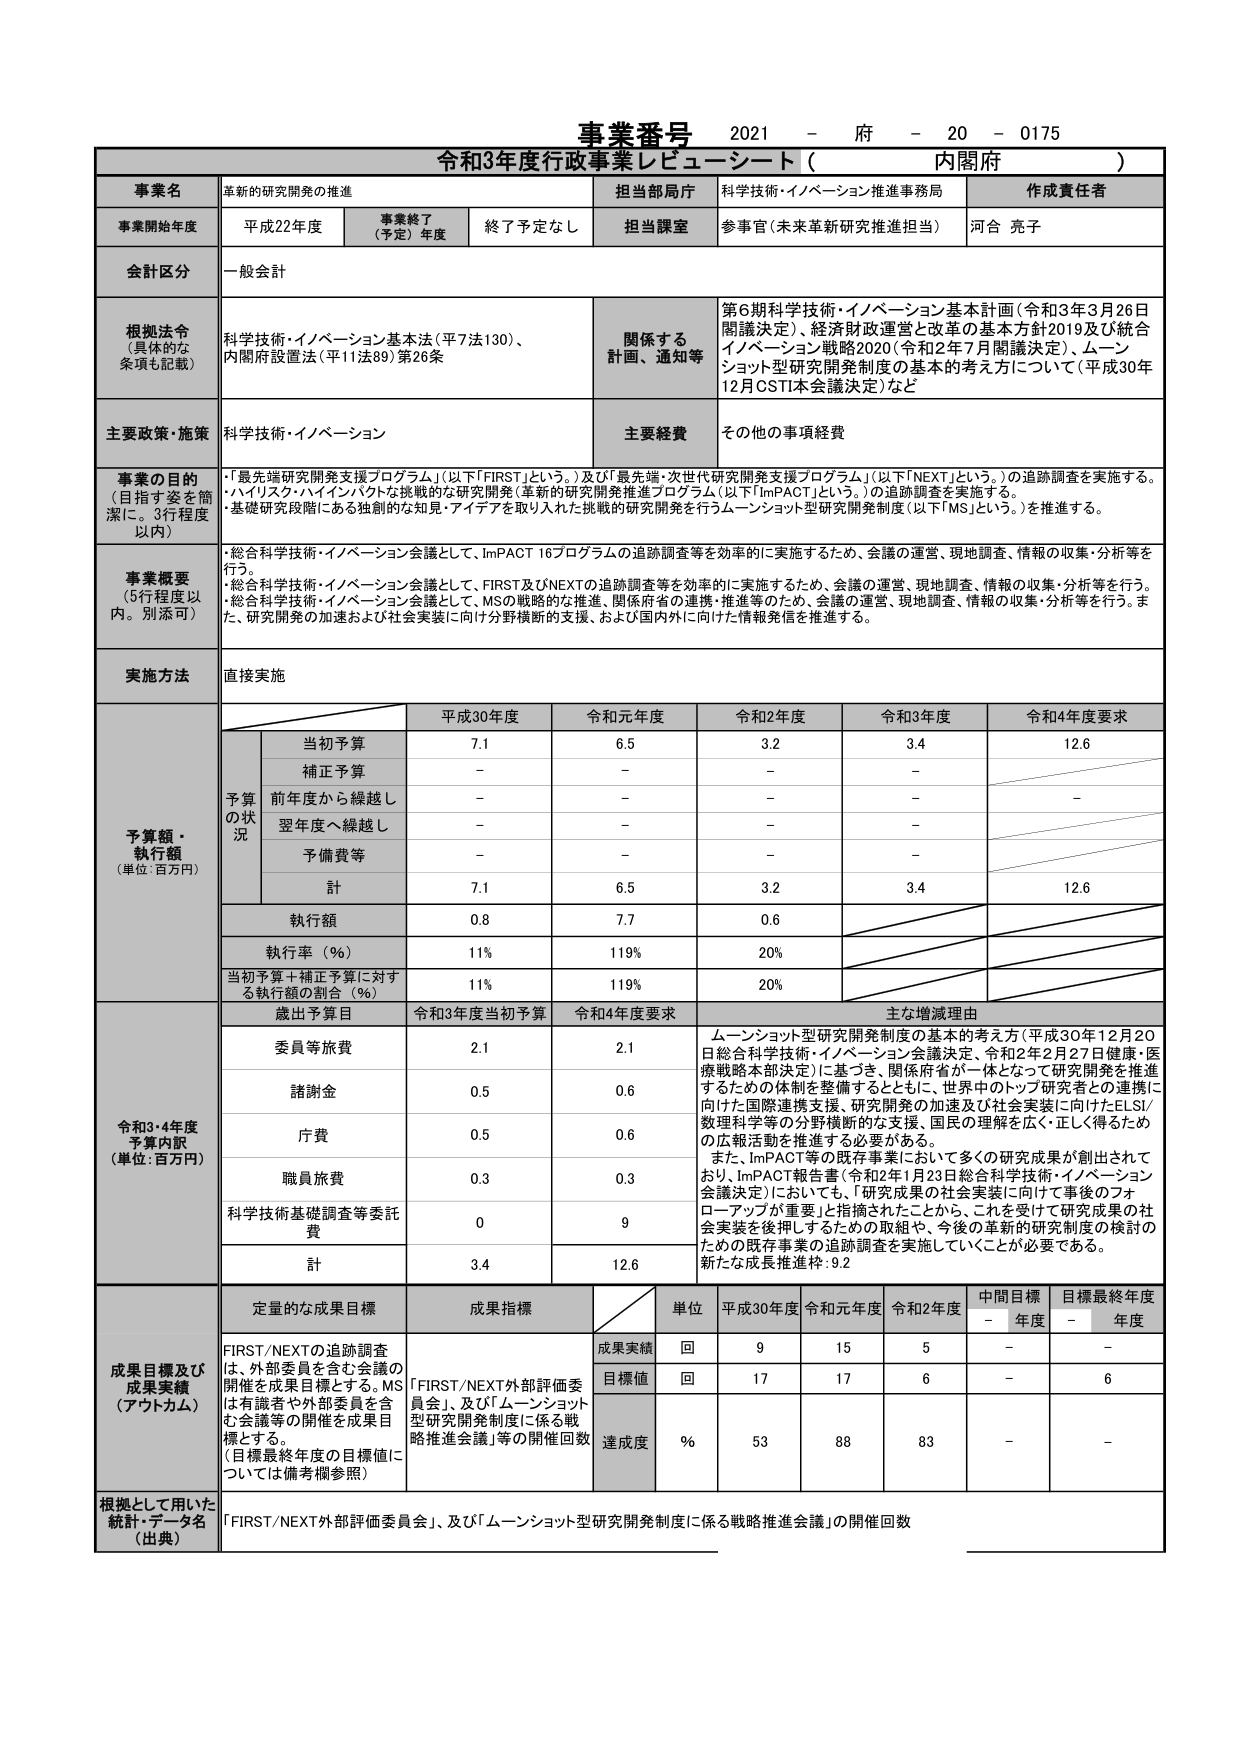
事業番号 2021 - 府 - 20 - 0175
令和3年度行政事業レビュー・シート（ 内閣府 ）

事業名 革新的研究開発の推進
担当部局庁 科学技術・イノベーション推進事務局
作成責任者 河合 亮子

事業開始年度 平成22年度
事業終了（予定）年度 終了予定なし
担当課室 参事官（未来革新研究推進担当）

会計区分 一般会計

根拠法令（具体的な条項も記載）
科学技術・イノベーション基本法（平7法130）、
内閣府設置法（平11法89）第26条

関係する計画、通知等
第6期科学技術・イノベーション基本計画（令和3年3月26日閣議決定）、経済財政運営と改革の基本方針2019及び統合イノベーション戦略2020（令和2年7月閣議決定）、ムーンショット型研究開発制度の基本的考え方について（平成30年12月GSTI本会議決定）など

主要政策・施策 科学技術・イノベーション
主要経費 その他の事項経費

事業の目的（目指す姿を簡潔に。3行程度以内）
・「最先端研究開発支援プログラム」（以下「FIRST」という。）及び「最先端・次世代研究開発支援プログラム」（以下「NEXT」という。）の追跡調査を実施する。
・バイオテク・ハイパバットな挑戦的な研究開発（革新的研究開発推進プログラム（以下「ImPACT」という。））の追跡調査を実施する。
・基礎研究段階にある独創的な知見・アイデアを取り入れた挑戦的研究開発を行うムーンショット型研究開発制度（以下「MS」という。）を推進する。

事業概要（5行程度以内。別添可）
・総合科学技術・イノベーション会議として、ImPACT 16プログラムの追跡調査等を効率的に実施するため、会議の運営、現地調査、情報の収集・分析等を行う。
・総合科学技術・イノベーション会議として、FIRST及びNEXTの追跡調査等を効率的に実施するため、会議の運営、現地調査、情報の収集・分析等を行う。
・総合科学技術・イノベーション会議として、MSの戦略的な推進、関係府省の連携・推進等のため、会議の運営、現地調査、情報の収集・分析等を行う。また、研究開発の加速および社会実装に向けた分野横断的支援、および国内外に向けた情報発信を推進する。

実施方法 直接実施

予算額・執行額（単位：百万円）
平成30年度 令和元年度 令和2年度 令和3年度 令和4年度要求
当初予算 7.1 6.5 3.2 3.4 12.6
補正予算 - - - -
前年度から繰越し - - - - -
翌年度へ繰越し - - - -
予備費等 - - - -
計 7.1 6.5 3.2 3.4 12.6
執行額 0.8 7.7 0.6
執行率（％） 11% 119% 20%
当初予算＋補正予算に対する執行額の割合（％） 11% 119% 20%

令和3・4年度予算内訳（単位：百万円）
歳出予算目 令和3年度当初予算 令和4年度要求 主な増減理由
委員等旅費 2.1 2.1 ムーンショット型研究開発制度の基本的考え方（平成30年12月20日総合科学技術・イノベーション会議決定、令和2年2月27日健康・医療戦略本部決定）に基づき、関係府省が一体となって研究開発を推進するための体制を整備するとともに、世界中のトップ研究者との連携に向けた国際連携支援、研究開発の加速及び社会実装に向けたELSI/数理科学等の分野横断的な支援、国民の理解を広く正しく得るための広報活動を推進する必要がある。
また、ImPACT等の既存事業において多くの研究成果が創出されており、ImPACT報告書（令和2年1月23日総合科学技術・イノベーション会議決定）においても、「研究成果の社会実装に向けて事後のフォローアップが重要」と指摘されたことから、これを受けた研究成果の社会実装を後押しするための取組や、今後の革新的研究制度の検討のための既存事業の追跡調査を実施していくことが必要である。
新たな成長推進枠：9.2
諸謝金 0.5 0.6
庁費 0.5 0.6
職員旅費 0.3 0.3
科学技術基礎調査等委託費 0 9
計 3.4 12.6

成果目標及び成果実績（アウトカム）
定量的な成果目標 成果指標 単位 平成30年度 令和元年度 令和2年度 中間目標年度 目標最終年度年度
FIRST/NEXTの追跡調査は、外部委員を含む会議の開催を成果目標とする。MSは有識者や外部委員を含む会議等の開催を成果目標とする。
（目標最終年度の目標値については備考欄参照）
成果実績 回 9 15 5 - -
目標値 回 17 17 6 - 6
達成度 ％ 53 88 83 - -

根拠として用いた統計・データ名（出典）
「FIRST/NEXT外部評価委員会」、及び「ムーンショット型研究開発制度に係る戦略推進会議」の開催回数